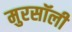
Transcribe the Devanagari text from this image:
मुरसॉली